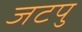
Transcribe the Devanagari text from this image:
जटपु